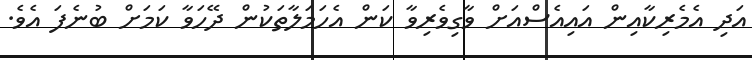
އަދި އެމެރިކާއިން އައިއެސްއަށް ވާގިވެރިވާ ކަން އެހަމަލާތަކުން ދޭހަވާ ކަމަށް ބުނެފަ އެވެ.